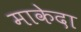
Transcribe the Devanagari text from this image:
माकेदा